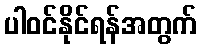
ပါဝင်နိုင်ရန်အတွက်